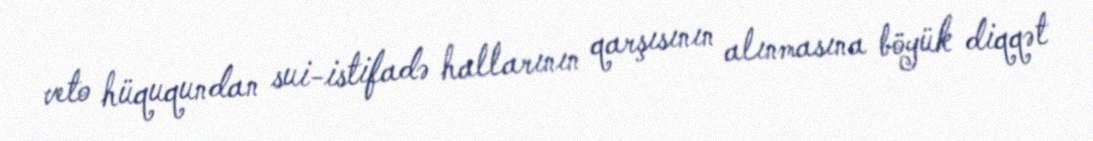
veto hüququndan sui-istifadə hallarının qarşısının alınmasına böyük diqqət